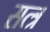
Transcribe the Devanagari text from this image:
सत्त्र